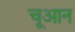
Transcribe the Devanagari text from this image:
चूआन